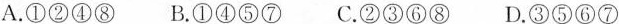
A.①②④⑧ B.①④⑤⑦ C.②③⑥⑧ D.③⑤⑥⑦